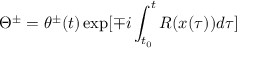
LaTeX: \Theta ^ { \pm } = \theta ^ { \pm } ( t ) \exp [ \mp i \int _ { t _ { 0 } } ^ { t } R ( x ( \tau ) ) d \tau ]